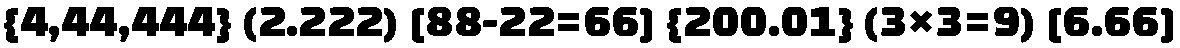
{4,44,444} (2.222) [88-22=66] {200.01} (3×3=9) [6.66]